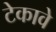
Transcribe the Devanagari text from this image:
टेकावे